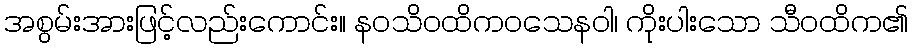
အစွမ်းအားဖြင့်လည်းကောင်း။ နဝသိဝထိကဝသေနဝါ၊ ကိုးပါးသော သီဝထိက၏